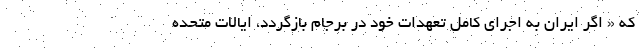
که « اگر ایران به اجرای کامل تعهدات خود در برجام بازگردد، ایالات متحده